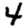
Digit: 4